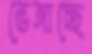
ভেঙ্গাচ্ছে